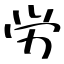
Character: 労